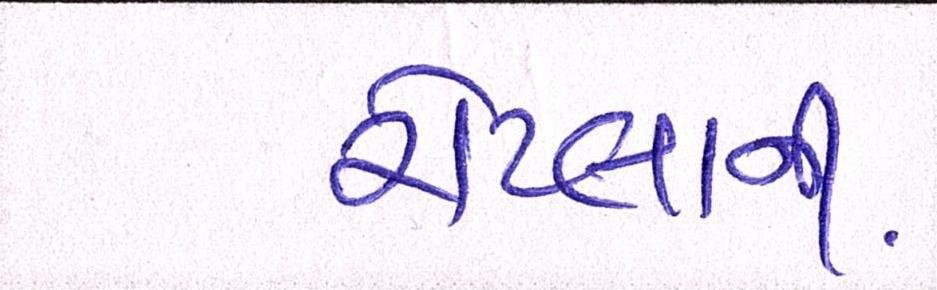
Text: રોટલાની